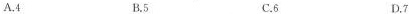
A.4 B.5 C.6 D.7